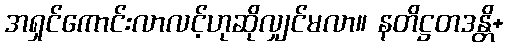
အရှင်ကောင်းလာလင့်ဟုဆိုလျှင်မလာ။ နတိဋ္ဌတဒန္တိ+